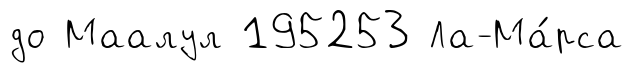
до Маалул 195253 Ла-Ма́рса